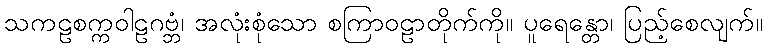
သကဠစက္ကဝါဠဂဗ္ဘံ၊ အလုံးစုံသော စကြာဝဠာတိုက်ကို။ ပူရေန္တော၊ ပြည့်စေလျက်။